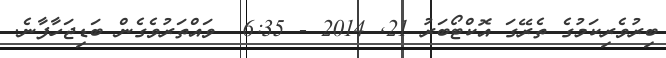
ބިރުވެރިކަމުގެ ތެރޭގަ އޮކްޓޯބަރު 21